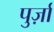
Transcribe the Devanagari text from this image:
पुर्ज़ा